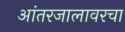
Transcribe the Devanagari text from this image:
आंतरजालावरचा